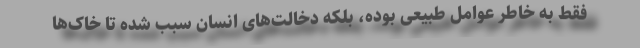
فقط به خاطر عوامل طبیعی بوده، بلکه دخالت‌های انسان سبب شده تا خاک‌ها